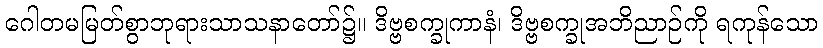
ဂေါတမမြတ်စွာဘုရားသာသနာတော်၌။ ဒိဗ္ဗစက္ခုကာနံ၊ ဒိဗ္ဗစက္ခုအဘိညာဉ်ကို ရကုန်သော